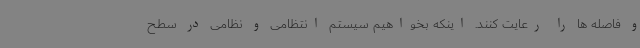
و فاصله ها را رعایت کنند. اینکه بخواهیم سیستم انتظامی و نظامی در سطح